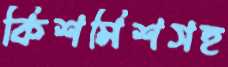
কিশমিশসহ